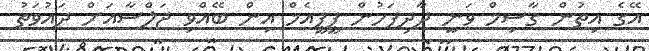
އޭގެ އިތުން ގާސިމް ވަނީ ދާދިފަހުން ޕީޕީއެމް އިން ބޭއްވި ޖަލްސާއަށް ދައުވަތު